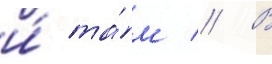
и́ та́м // В